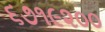
૬૭૧૯૨૦૦